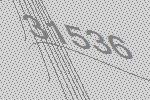
31536